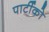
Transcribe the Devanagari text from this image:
पार्टीको